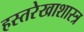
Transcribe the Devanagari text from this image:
हस्तरेखाशास्त्र